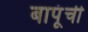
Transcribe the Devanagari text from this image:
बापूंची